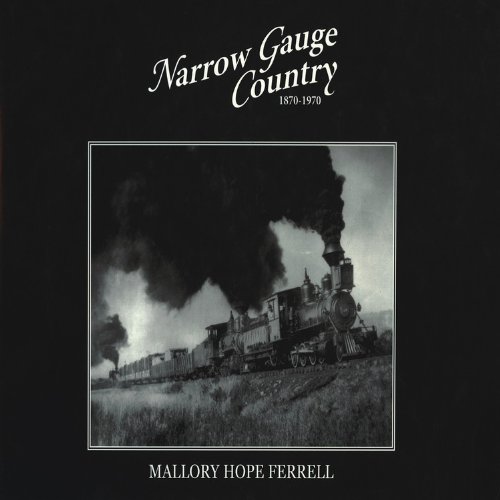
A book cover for Narrow Gauge Country 1870-1970; Mallory Hope Ferrell; Arts & Photography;